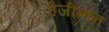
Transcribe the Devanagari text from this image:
हैजीमॉन